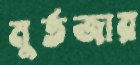
মুর্তজার